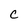
Character: c